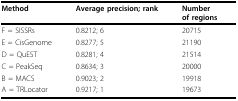
<table><thead><tr><td><b>Method</b></td><td><b>Average precision; rank</b></td><td><b>Numberof regions</b></td></tr></thead><tbody><tr><td>F = SISSRs</td><td>0.8212; 6</td><td>20715</td></tr><tr><td>E = CisGenome</td><td>0.8277; 5</td><td>21190</td></tr><tr><td>D = QuEST</td><td>0.8281; 4</td><td>21514</td></tr><tr><td>C = PeakSeq</td><td>0.8634; 3</td><td>20000</td></tr><tr><td>B = MACS</td><td>0.9023; 2</td><td>19918</td></tr><tr><td>A = TRLocator</td><td>0.9217; 1</td><td>19673</td></tr></tbody></table>